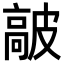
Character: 𩫋